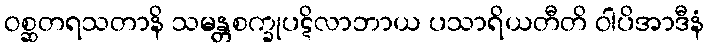
ဝစ္ဆတရသတာနိ သမန္တစက္ခုပဋိလာဘာယ ပသာရိယတီတိ ဝါပိအာဒီနံ